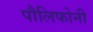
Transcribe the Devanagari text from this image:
पौलिफोनी